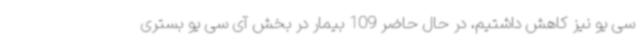
سی یو نیز کاهش داشتیم، در حال حاضر 109 بیمار در بخش آی سی یو بستری